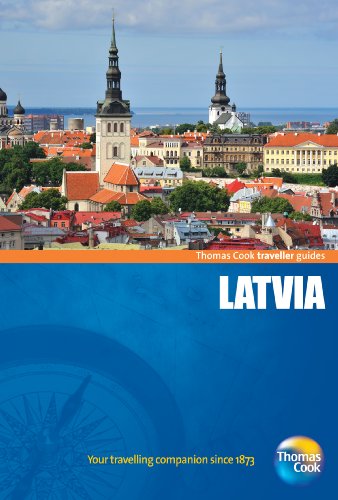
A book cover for Traveller Guides Latvia, 3rd (Travellers - Thomas Cook); Thomas Cook Publishing; Travel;